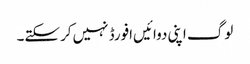
لوگ اپنی دوائیں‌افورڈ نہیں‌کرسکتے۔